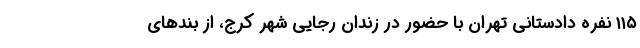
۱۱۵ نفره دادستانی تهران با حضور در زندان رجایی شهر کرج، از بندهای